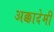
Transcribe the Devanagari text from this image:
अक्कादेमी